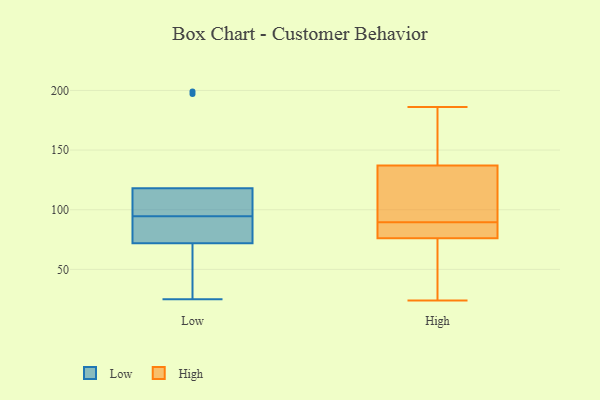
{"axis": {"x": "Production Output", "y": "Value"}, "legend": ["High", "Low"], "data": [{"x": "", "y": 105, "type": "Low"}, {"x": "", "y": 118, "type": "Low"}, {"x": "", "y": 197, "type": "Low"}, {"x": "", "y": 102, "type": "Low"}, {"x": "", "y": 78, "type": "Low"}, {"x": "", "y": 25, "type": "Low"}, {"x": "", "y": 72, "type": "Low"}, {"x": "", "y": 199, "type": "Low"}, {"x": "", "y": 87, "type": "Low"}, {"x": "", "y": 69, "type": "Low"}, {"x": "", "y": 56, "type": "High"}, {"x": "", "y": 81, "type": "High"}, {"x": "", "y": 24, "type": "High"}, {"x": "", "y": 91, "type": "High"}, {"x": "", "y": 61, "type": "High"}, {"x": "", "y": 154, "type": "High"}, {"x": "", "y": 137, "type": "High"}, {"x": "", "y": 88, "type": "High"}, {"x": "", "y": 181, "type": "High"}, {"x": "", "y": 169, "type": "High"}, {"x": "", "y": 186, "type": "High"}, {"x": "", "y": 76, "type": "High"}, {"x": "", "y": 131, "type": "High"}, {"x": "", "y": 77, "type": "High"}, {"x": "", "y": 28, "type": "High"}, {"x": "", "y": 92, "type": "High"}, {"x": "", "y": 98, "type": "High"}, {"x": "", "y": 76, "type": "High"}]}